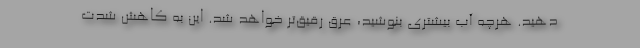
دهید. هرچه آب بیشتری بنوشید، عرق رقیق‌تر خواهد شد. این به کاهش شدت